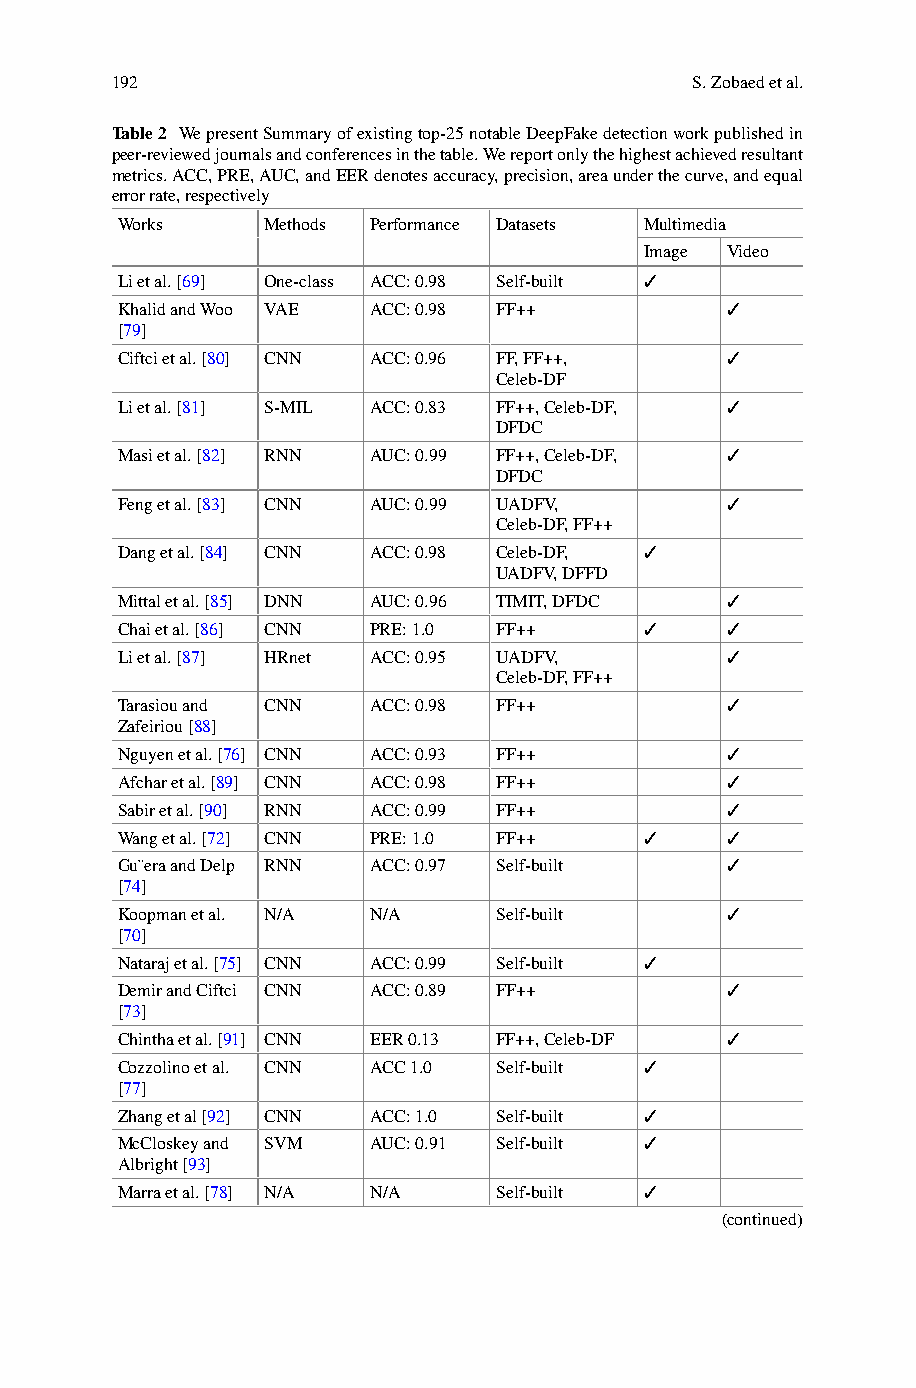
192                                    S.Zobaedetal.
 Table2 WepresentSummaryofexistingtop-25notableDeepFakedetectionworkpublishedin
 peer-reviewedjournalsandconferencesinthetable.Wereportonlythehighestachievedresultant
 metrics.ACC,PRE,AUC,andEERdenotesaccuracy,precision,areaunderthecurve,andequal
 errorrate,respectively
 Works    Methods Performance Datasets Multimedia
 Image Video
 Lietal.[69] One-class ACC:0.98 Self-built ✓
 KhalidandWoo VAE ACC:0.98 FF++          ✓
 [79]
 Ciftcietal.[80] CNN ACC:0.96 FF,FF++,   ✓
 Celeb-DF
 Lietal.[81] S-MIL ACC:0.83 FF++,Celeb-DF, ✓
 DFDC
 Masietal.[82] RNN AUC:0.99 FF++,Celeb-DF, ✓
 DFDC
 Fengetal.[83] CNN AUC:0.99 UADFV,       ✓
 Celeb-DF,FF++
 Dangetal.[84] CNN ACC:0.98 Celeb-DF, ✓
 UADFV,DFFD
 Mittaletal.[85] DNN AUC:0.96 TIMIT,DFDC ✓
 Chaietal.[86] CNN PRE:1.0 FF++     ✓    ✓
 Lietal.[87] HRnet ACC:0.95 UADFV,       ✓
 Celeb-DF,FF++
 Tarasiouand CNN ACC:0.98 FF++           ✓
 Zafeiriou[88]
 Nguyenetal.[76] CNN ACC:0.93 FF++       ✓
 Afcharetal.[89] CNN ACC:0.98 FF++       ✓
 Sabiretal.[90] RNN ACC:0.99 FF++        ✓
 Wangetal.[72] CNN PRE:1.0 FF++     ✓    ✓
 Gu¨eraandDelp RNN ACC:0.97 Self-built   ✓
 [74]
 Koopmanetal. N/A N/A     Self-built     ✓
 [70]
 Natarajetal.[75] CNN ACC:0.99 Self-built ✓
 DemirandCiftci CNN ACC:0.89 FF++        ✓
 [73]
 Chinthaetal.[91] CNN EER0.13 FF++,Celeb-DF ✓
 Cozzolinoetal. CNN ACC1.0 Self-built ✓
 [77]
 Zhangetal[92] CNN ACC:1.0 Self-built ✓
 McCloskeyand SVM AUC:0.91 Self-built ✓
 Albright[93]
 Marraetal.[78] N/A N/A   Self-built ✓
 (continued)